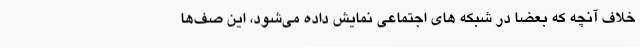
خلاف آنچه که بعضاً در شبکه های اجتماعی نمایش داده می‌شود، این صف‌ها